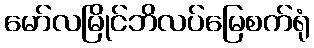
မော်လမြိုင်ဘိလပ်မြေစက်ရုံ